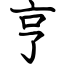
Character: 亨